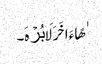
ٰهًا ءَاخَرَ لَا بُرۡهَ۔